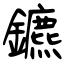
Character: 鑣